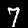
Digit: 7